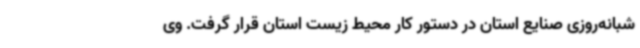
شبانه‌روزی صنایع استان در دستور کار محیط زیست استان قرار گرفت. وی